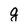
Character: g